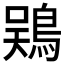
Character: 𫚾